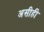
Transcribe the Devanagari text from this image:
असीही